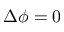
\Delta \phi = 0